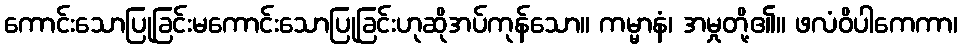
ကောင်းသောပြုခြင်းမကောင်းသောပြုခြင်းဟုဆိုအပ်ကုန်သော။ ကမ္မာနံ၊ အမှုတို့၏။ ဖလံဝိပါကေကာ၊